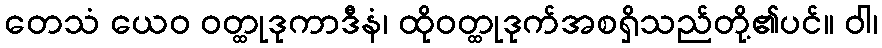
တေသံ ယေဝ ဝတ္ထုဒုကာဒီနံ၊ ထိုဝတ္ထုဒုက်အစရှိသည်တို့၏ပင်။ ဝါ၊